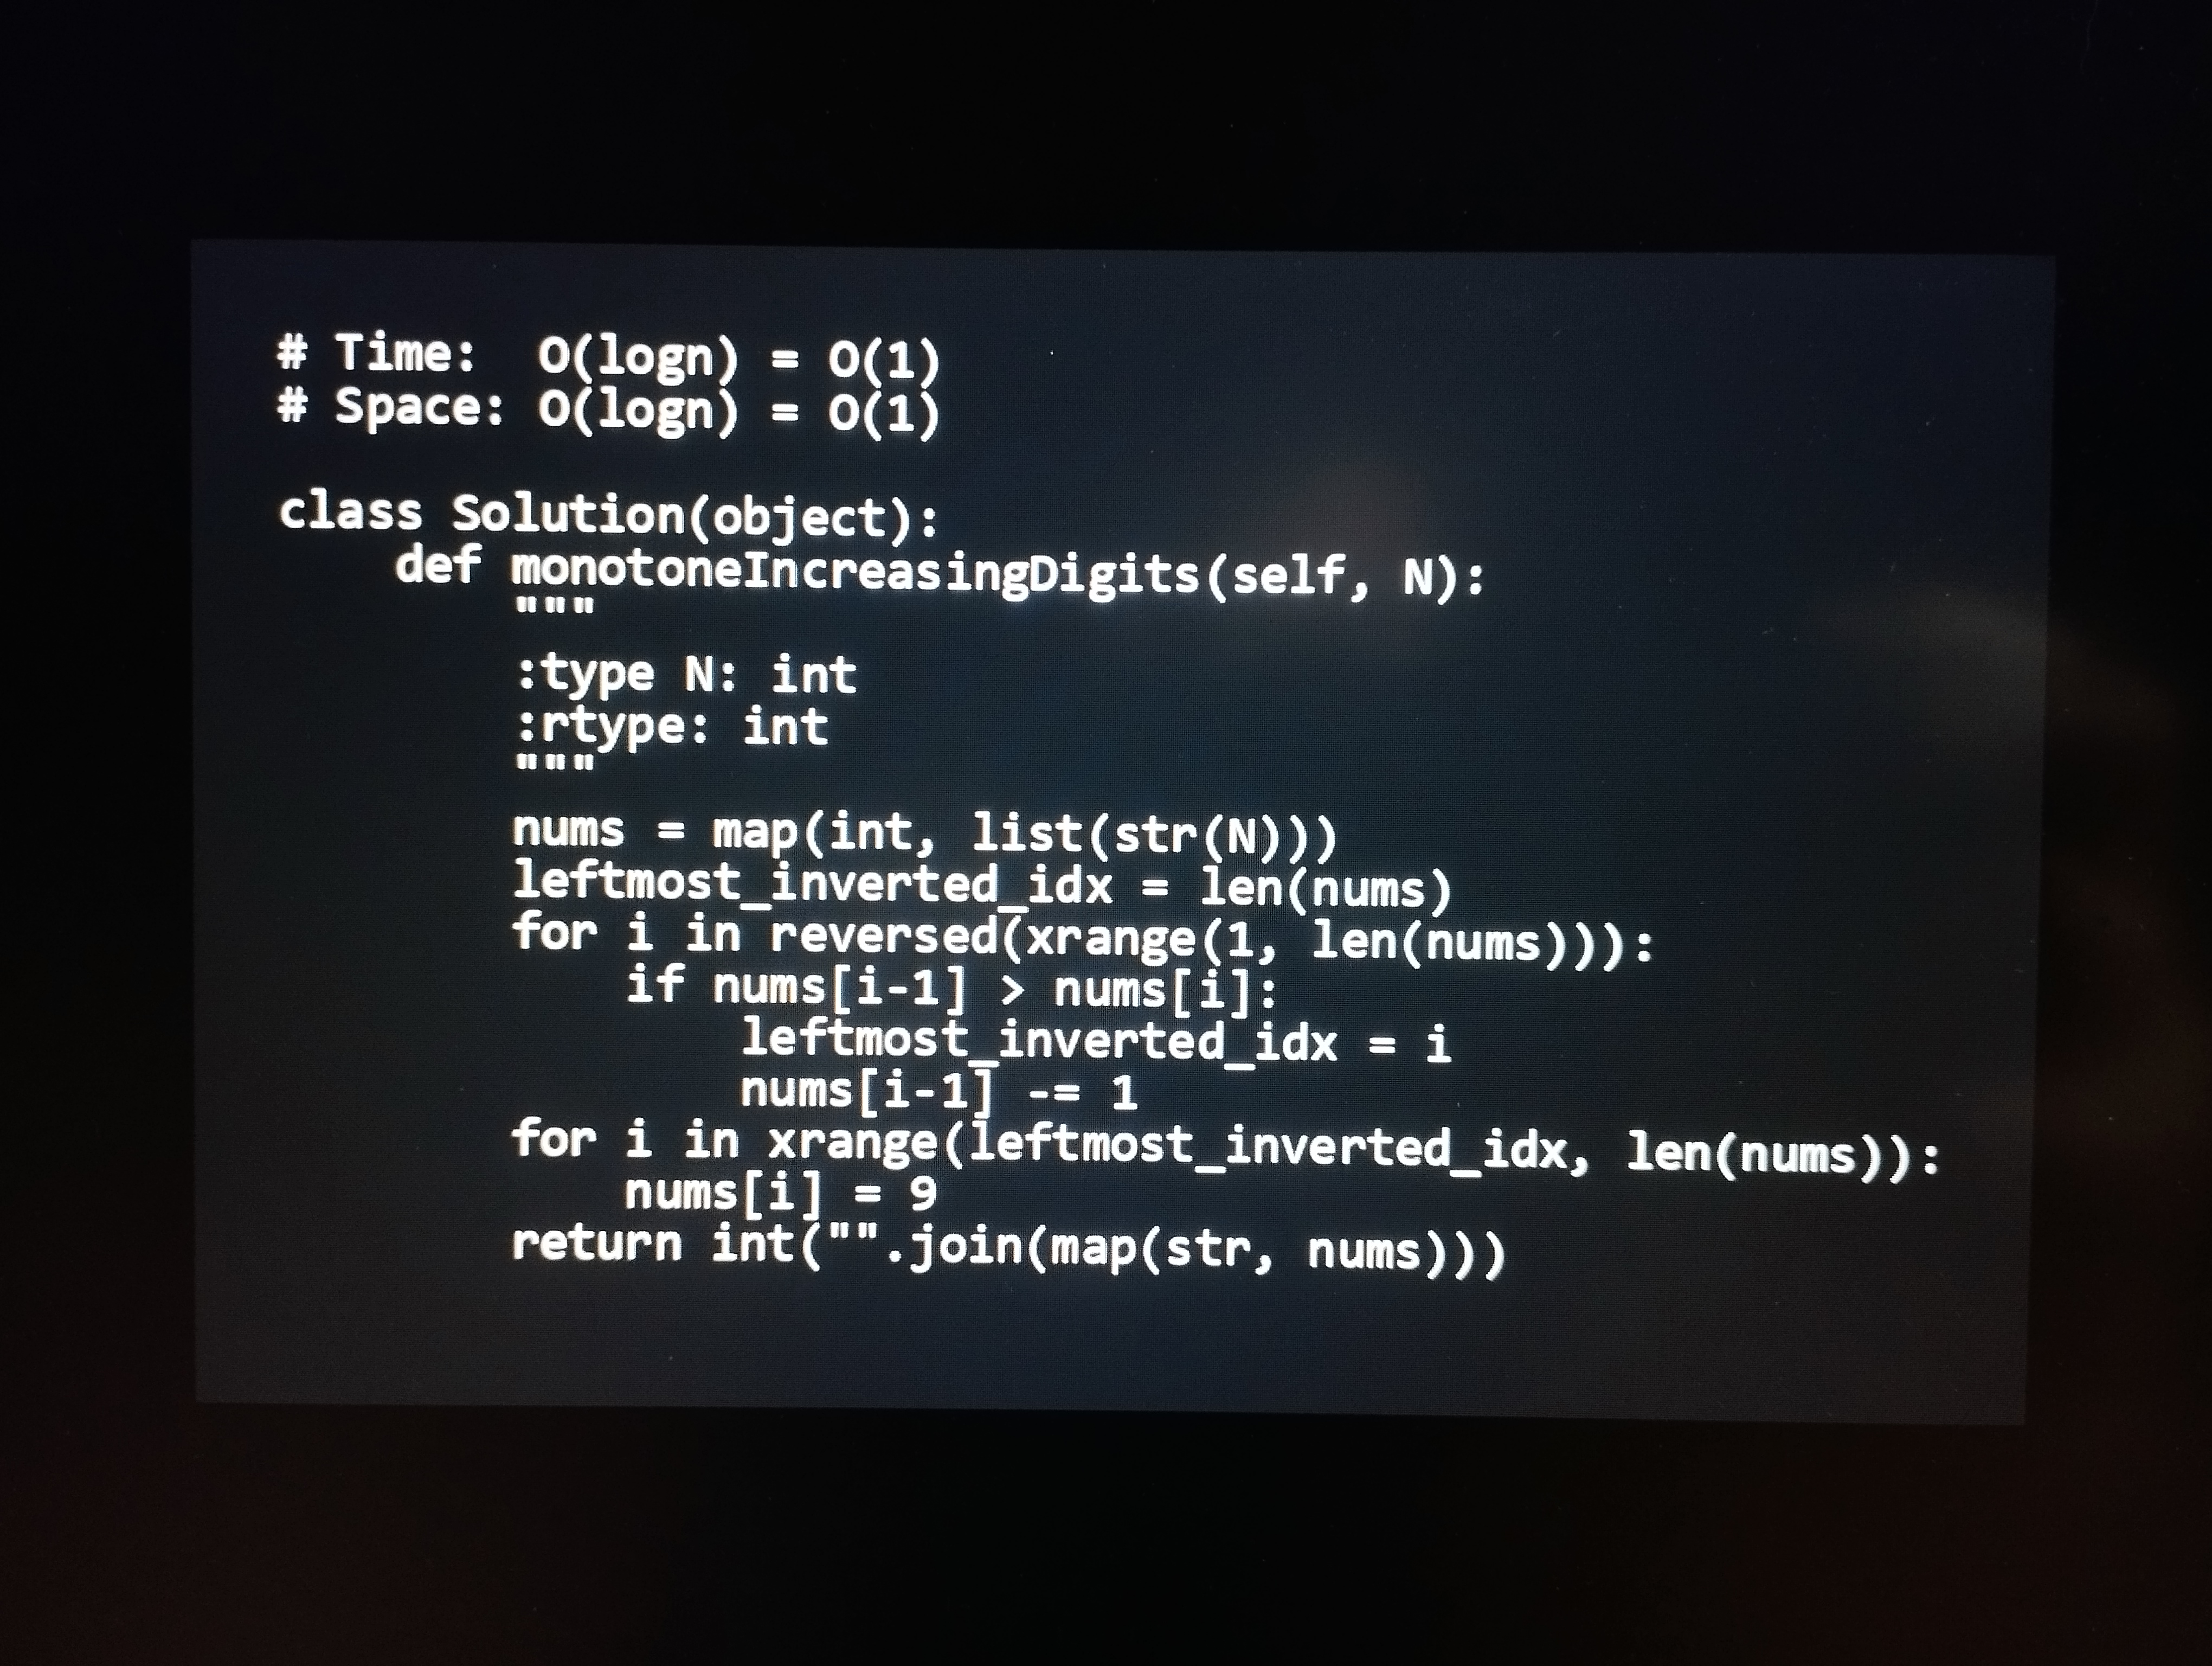
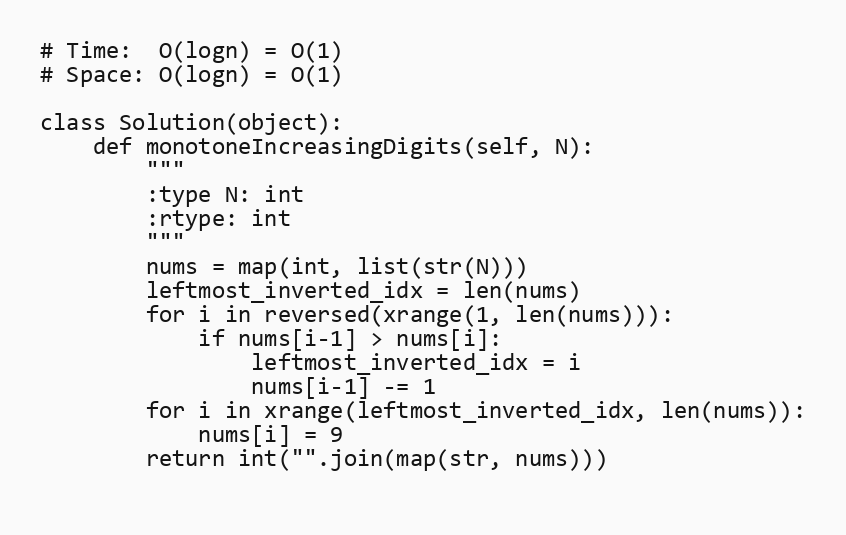
# Time:  O(logn) = O(1)
# Space: O(logn) = O(1)

class Solution(object):
    def monotoneIncreasingDigits(self, N):
        """
        :type N: int
        :rtype: int
        """
        nums = map(int, list(str(N)))
        leftmost_inverted_idx = len(nums)
        for i in reversed(xrange(1, len(nums))):
            if nums[i-1] > nums[i]:
                leftmost_inverted_idx = i
                nums[i-1] -= 1
        for i in xrange(leftmost_inverted_idx, len(nums)):
            nums[i] = 9
        return int("".join(map(str, nums)))